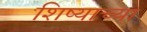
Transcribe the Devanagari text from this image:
शिष्याच्या